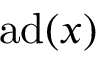
\operatorname { a d } ( x )